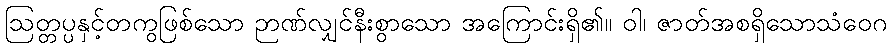
ဩတ္တပ္ပနှင့်တကွဖြစ်သော ဉာဏ်လျှင်နီးစွာသော အကြောင်းရှိ၏။ ဝါ၊ ဇာတ်အစရှိသောသံဝေဂ